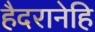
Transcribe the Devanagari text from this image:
हैदरानेहि